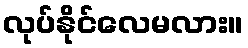
လုပ်နိုင်လေမလား။